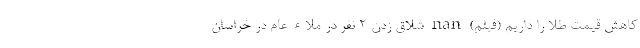
کاهش قیمت طلا را داریم (فیلم) nan شلاق زدن 2 نفر در ملاء عام در خراسان